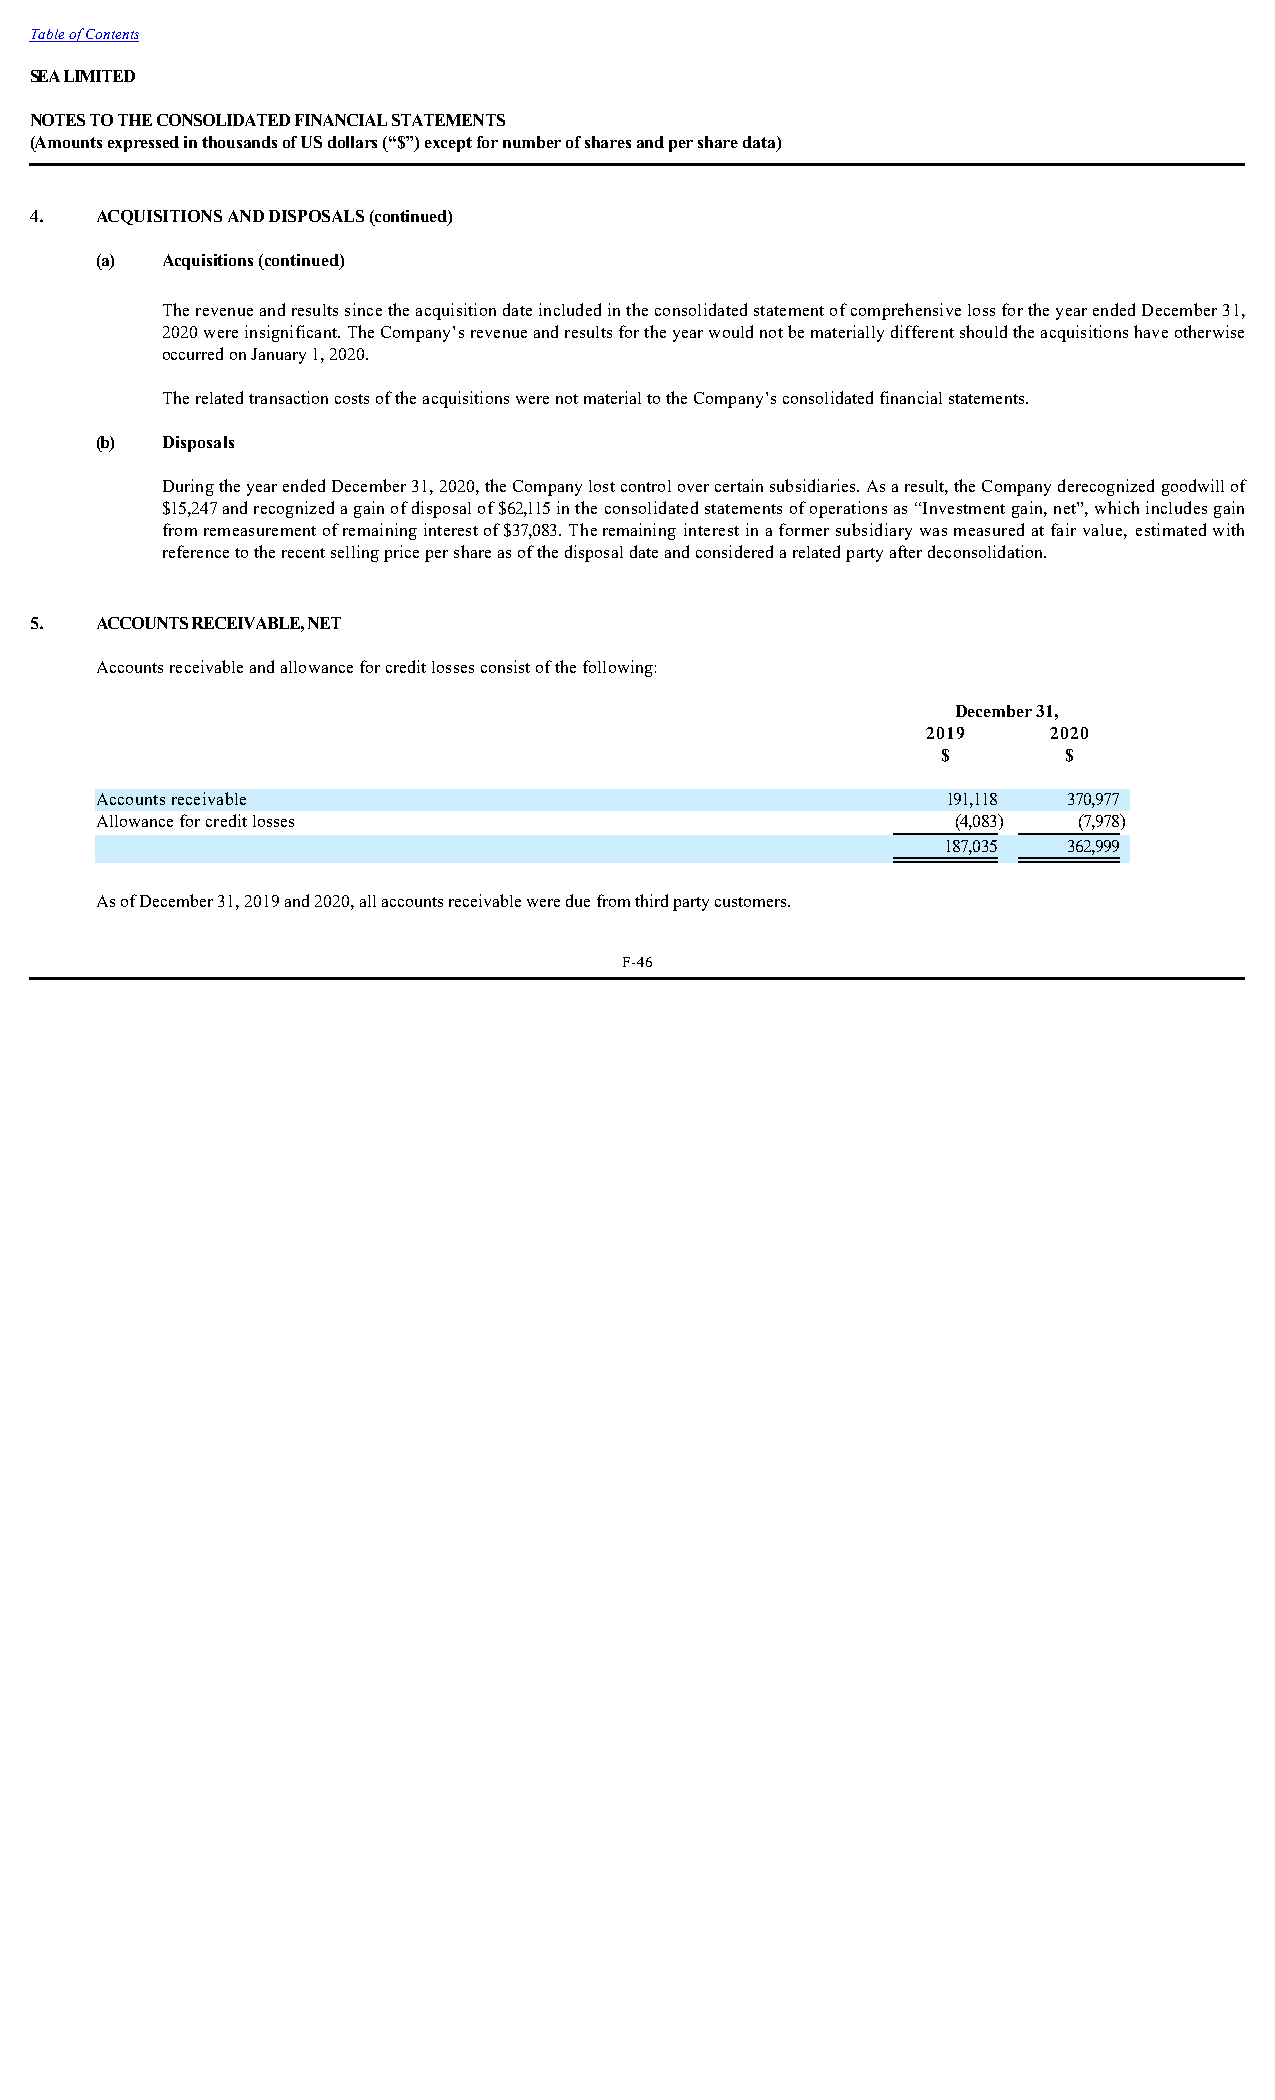
Table of Contents
 SEA LIMITED
 NOTES TO THE CONSOLIDATED FINANCIAL STATEMENTS
 (Amounts expressed in thousands of US dollars (“$”) except for number of shares and per share data)
 4.  ACQUISITIONS AND DISPOSALS (continued)
 (a)  Acquisitions (continued)
 The revenue and results since the acquisition date included in the consolidated statement of comprehensive loss for the year ended December 31,
 2020 were insignificant. The Company’s revenue and results for the year would not be materially different should the acquisitions have otherwise
 occurred on January 1, 2020.
 The related transaction costs of the acquisitions were not material to the Company’s consolidated financial statements.
 (b)  Disposals
 During the year ended December 31, 2020, the Company lost control over certain subsidiaries. As a result, the Company derecognized goodwill of
 $15,247 and recognized a gain of disposal of $62,115 in the consolidated statements of operations as “Investment gain, net”, which includes gain
 from remeasurement of remaining interest of $37,083. The remaining interest in a former subsidiary was measured at fair value, estimated with
 reference to the recent selling price per share as of the disposal date and considered a related party after deconsolidation.
 5.  ACCOUNTS RECEIVABLE, NET
 Accounts receivable and allowance for credit losses consist of the following:
 December 31,
 2019     2020
 $        $
 Accounts receivable                                      191,118 370,977
 Allowance for credit losses                              (4,083) (7,978)
 187,035 362,999
 As of December 31, 2019 and 2020, all accounts receivable were due from third party customers.
 F-46